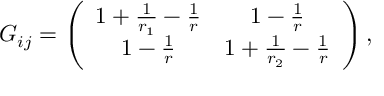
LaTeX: G _ { i j } = \left( \begin{array} { c c } { { 1 + \frac { 1 } { r _ { 1 } } - \frac { 1 } { r } } } & { { 1 - \frac { 1 } { r } } } \\ { { 1 - \frac { 1 } { r } } } & { { 1 + \frac { 1 } { r _ { 2 } } - \frac { 1 } { r } } } \end{array} \right) ,